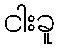
ငါးခူ